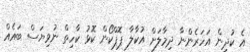
އެ ކުދިން އަހަރެންނާ ދިމާލަށް އުކާލާ ޕޮޕްކޯން ކޮޅު ކާހިތް ނުވިޔަސް ބައެއް